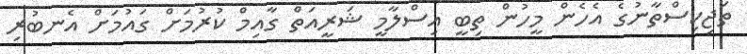
ތަޖިކިސްތާނުގެ އެހެން މީހުން ތިބީ އިސްލާމީ ޝަރީއަތް ގާއިމް ކުރުމަށް ގައުމަށް އެނބުރި